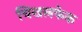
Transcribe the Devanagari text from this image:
चिखलफेक